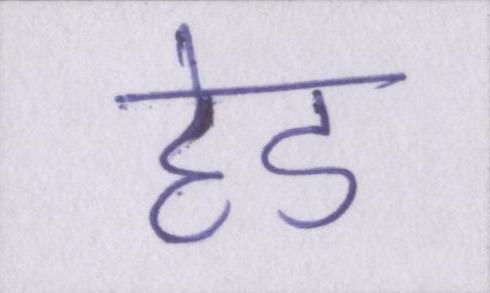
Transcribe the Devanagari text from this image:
हेड